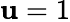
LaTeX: \mathbf{u}=1